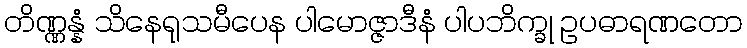
တိဏ္ဏန္နံ သိနေရုသမီပေန ပါမောဇ္ဇာဒီနံ ပါပဘိက္ခု ဥပဓာရဏတော